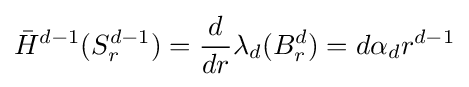
{\bar {H}}^{d-1}(S_{r}^{d-1})={\frac {d}{dr}}\lambda _{d}(B_{r}^{d})=d\alpha _{d}r^{d-1}